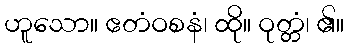
ဟူသော။ ဧတံဝစနံ၊ ထို။ ဝုတ္တံ၊ ၏။